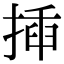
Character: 揷